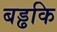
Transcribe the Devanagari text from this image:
बड्ढकि